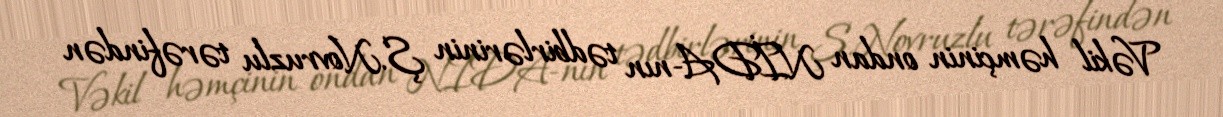
Vəkil həmçinin ondan NİDA-nın tədbirlərinin Ş.Novruzlu tərəfindən